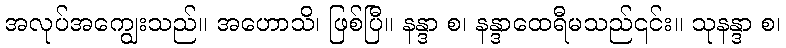
အလုပ်အကျွေးသည်။ အဟောသိ၊ ဖြစ်ပြီ။ နန္ဒာ စ၊ နန္ဒာထေရီမသည်၎င်း။ သုနန္ဒာ စ၊